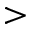
>